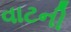
વાટની